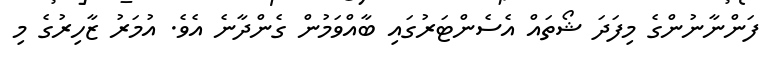
ފަންނާނުންގެ މިފަދަ ޝޯތައް އެސެންޓަރުގައި ބާއްވަމުން ގެންދާނެ އެވެ. އުމަރު ޒާހިރުގެ މި